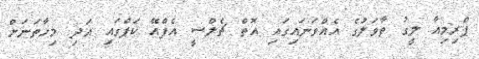
ޕްރިމިއާ ލީގު ތާވަލުގެ އެއްވަނައިގައި އޮތް ޗެލްސީ އެފްއޭ ކަޕްގައި އަދި މިހާތަނަށް